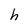
Character: h